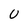
Character: U